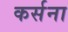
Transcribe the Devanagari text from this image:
कर्सना